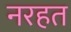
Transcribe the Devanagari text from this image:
नरहत